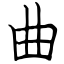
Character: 曲